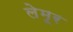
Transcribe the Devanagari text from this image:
लेमूर